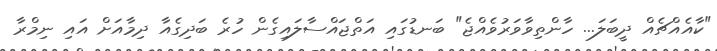
"ކާއެއްޗެއް ދީބަލަ... ހާންތިވާވަރުވެއްޖެ" ބަނޑުގައި އަތްޖައްސާލައިގެން ހުރެ ބަދިގެއާ ދިމާއަށް އައި ނިމްރާ